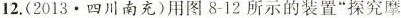
12.(2013.四川南充)用图8-12所示的装置”探究摩